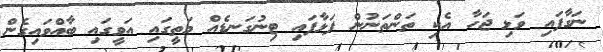
ނަގާފައި ވަޅި ޖަހާ އެކި ތަންތަނުން ފަޅާފައި ޓިނުގަނޑެއް މަތީގައި އަވީގައި ބާއްވައިގެން